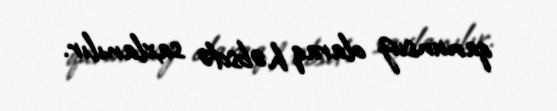
qanunsuz olaraq həbsdə saxlanılır.